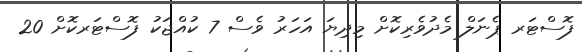
ފޮސްޓަރ ޕެނަލް މެދުވެރިކޮށް މިދިޔަ އަހަރު ވެސް 7 ކުއްޖަކު ފޮސްޓަރކޮށް 20